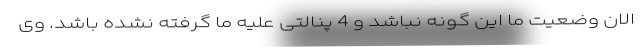
الان وضعیت ما این گونه نباشد و 4 پنالتی علیه ما گرفته نشده باشد. وی